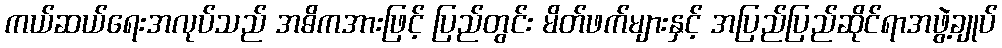
ကယ်ဆယ်ရေးအလုပ်သည် အဓိကအားဖြင့် ပြည်တွင်း မိတ်ဖက်များနှင့် အပြည်ပြည်ဆိုင်ရာအဖွဲ့ချုပ်